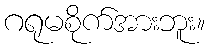
ဂရုမစိုက်အားဘူး။